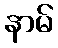
နာမ်